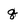
Character: q